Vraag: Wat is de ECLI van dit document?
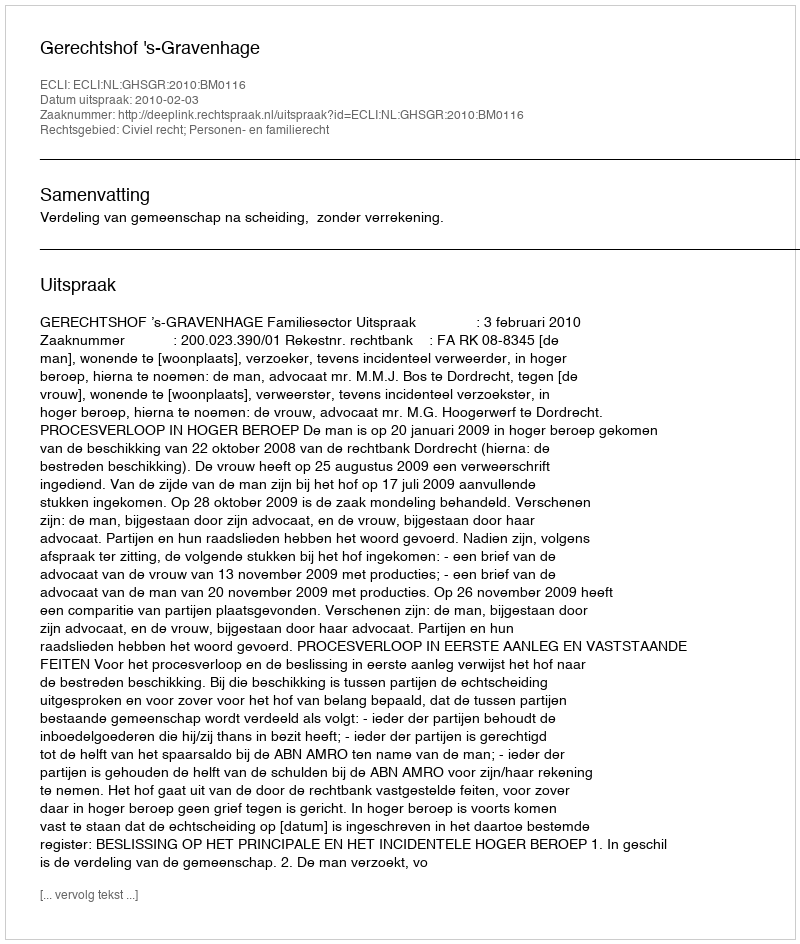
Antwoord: ECLI:NL:GHSGR:2010:BM0116